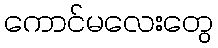
ကောင်မလေးတွေ